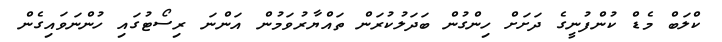
ކްލަބް މެޑް ކުންފުނީގެ ދަށަށް ހިންގުން ބަދަލުކުރަން ތައްޔާރުވަމުން އަންނަ ރިސޯޓުގައި ހުންނަވައިގެން